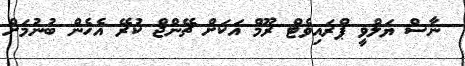
ނާސް ޔަލްވީ ޕްރައިވެޓް ރޫމް އަކަށް ޗޭންޖް ކުރޭ އެހެން ބުނުމަށް